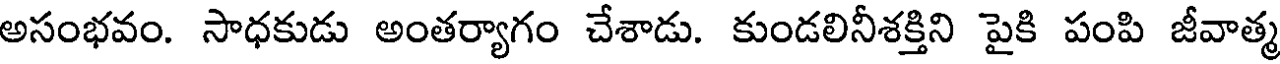
అసంభవం. సాధకుడు అంతర్యాగం చేశాడు. కుండలినీశక్తిని పైకి పంపి జీవాత్మ